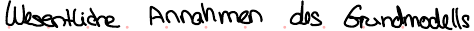
Wesentliche Annahmen des Grundmodells